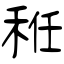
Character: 秹